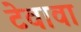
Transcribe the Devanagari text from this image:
टेवावा